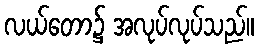
လယ်တော၌ အလုပ်လုပ်သည်။